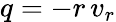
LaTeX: q=-r\, v_{r}